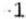
-1